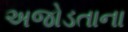
અજોડતાના